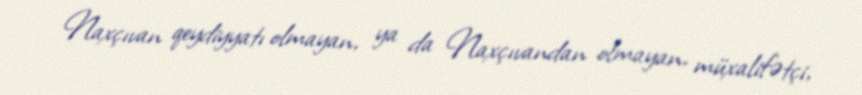
Naxçıvan qeydiyyatı olmayan, ya da Naxçıvandan olmayan, müxalifətçi,